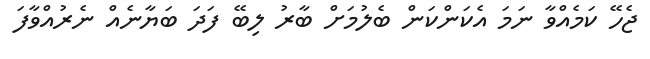
ޖެހޭ ކަމެއްވާ ނަމަ އެކަންކަން ބެލުމަށް ބާރު ލިބޭ ފަދަ ބަޔާނެއް ނެރުއްވާފަ